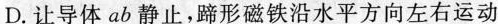
D. 让导体 ab 静止，蹄形磁铁沿水平方向左右运动